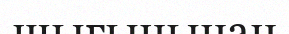
шығынынан